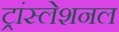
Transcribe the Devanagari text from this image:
ट्रांस्लेशनल